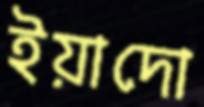
ইয়াদো